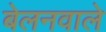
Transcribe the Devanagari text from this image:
बेलनवाले